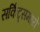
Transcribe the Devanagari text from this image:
सर्किट्समध्ये